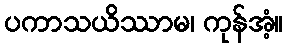
ပကာသယိဿာမ၊ ကုန်အံ့။